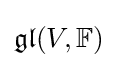
{\mathfrak {gl}}(V,\mathbb {F} )